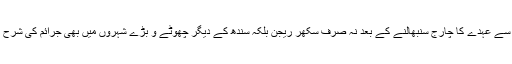
آئی جی سندھ مشتاق مہر کی جانب سے عہدے کا چارج سنبھالنے کے بعد نہ صرف سکھر ریجن بلکہ سندھ کے دیگر چھوٹے و بڑے شہروں میں بھی جرائم کی شرح میں کمی واقع ہونا شروع ہوئی ہے۔